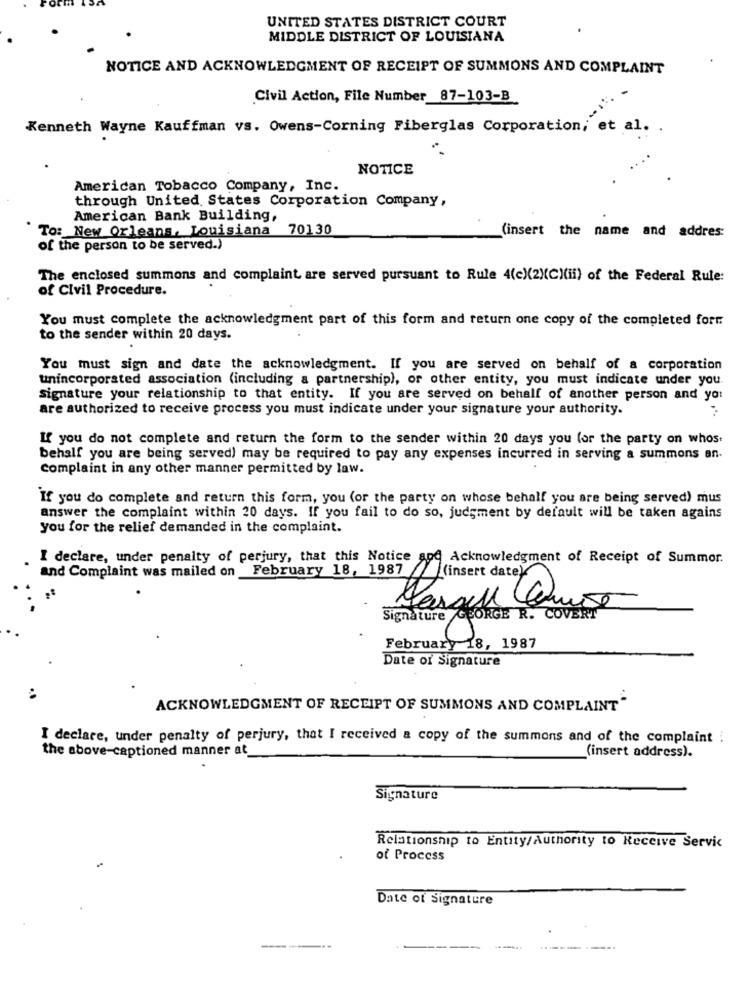
UNITED STATES DISTRICT COURT
MIDDLE DISTRICT OF LOUISIANA
NOTICE AND ACKNOWLEDGMENT OF RECEIPT OF SUMMONS AND COMPLAINT
Civil Action, File Number 87-103-B
Kenneth Wayne Kauffman vs. Owens-Corning Fiberglas Corporation, et al. .
NOTICE
American Tobacco Company, Inc.
through United States Corporation Company,
American Bank Building,
To: New Orleans, Louisiana 70130
(insert the name and addres:
of the person to be served.)
The enclosed summons and complaint are served pursuant to Rule 4(c)(2)(C)(ii) of the Federal Rule:
of Civil Procedure.
You must complete the acknowledgment part of this form and return one copy of the completed fort
to the sender within 20 days.
You must sign and date the acknowledgment. If you are served on behalf of a corporation
unincorporated association (including a partnership), or other entity, you must indicate under you.
signature your relationship to that entity. If you are served on behalf of another person and you
are authorized to receive process you must indicate under your signature your authority.
If you do not complete and return the form to the sender within 20 days you (or the party on whos.
behalf you are being served) may be required to pay any expenses incurred in serving a summons an.
Complaint in any other manner permitted by law.
If you do complete and return this form, you (or the party on whose behalf you are being served) mus
answer the complaint within 20 days. If you fail to do so, judgment by default will be taken agains
you for the relief demanded in the complaint.
I declare, under penalty of perjury, that this Notice and Acknowledgment of Receipt of Summor.
and Complaint was mailed on February 18, 1987 //
(insert date)
Signature
FORGE R. COVERT
February 18, 1987
Date of Signature
ACKNOWLEDGMENT OF RECEIPT OF SUMMONS AND COMPLAINT"
I declare, under penalty of perjury, that I received a copy of the summons and of the complaint :
the above-captioned manner at
(insert address).
Signature
Relationship to Entity/Authority to Receive Servic
of Process
Date of Signature